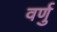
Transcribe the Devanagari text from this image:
वर्णु